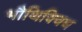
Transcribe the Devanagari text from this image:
भौथिक्विध